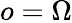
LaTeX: o=\Omega